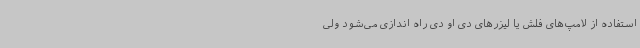
استفاده از لامپ‌های فلش یا لیزرهای دی او دی راه اندازی می‌شود ولی